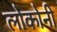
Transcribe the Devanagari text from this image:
लोकोनी